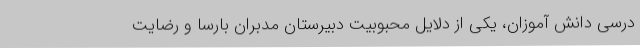
درسی دانش آموزان، یکی از دلایل محبوبیت دبیرستان مدبران بارسا و رضایت